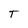
Character: T